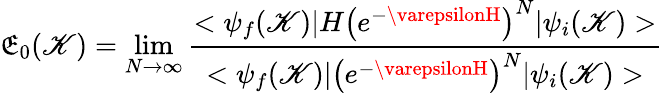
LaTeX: \mathfrak{E}_{0}(\mathscr{K})=\operatorname*{lim}_{N\rightarrow\infty}\frac{{<\psi_{f}(\mathscr{K})|H\left(e^{-\varepsilonH}\right)^{N}|\psi_{i}(\mathscr{K})>}}{{<\psi_{f}(\mathscr{K})|\left(e^{-\varepsilonH}\right)^{N}|\psi_{i}(\mathscr{K})>}}